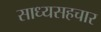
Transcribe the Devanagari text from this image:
साध्यसहचार